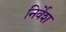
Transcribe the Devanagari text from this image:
निर्वेश